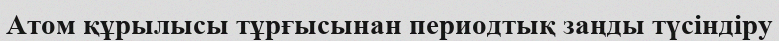
Атом құрылысы тұрғысынан периодтық заңды түсіндіру